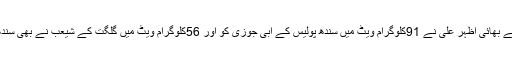
ٖ ضلع غذر کے چھٹوورکھنڈ سے تعلق رکھنے والے سابق باکسر احمد علی کے چھوٹے بھائی اظہر علی نے 91کلوگرام ویٹ میں سندھ پولیس کے ابی جوزی کو اور 56کلوگرام ویٹ میں گلگت کے شیعب نے بھی سندھ پولیس شہریار کچی کو کواٹر فاینل میں ہرا کر سیمی فائنل کے لیے کولیفائی کرلیا ۔